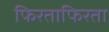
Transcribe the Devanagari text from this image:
फिरताफिरता